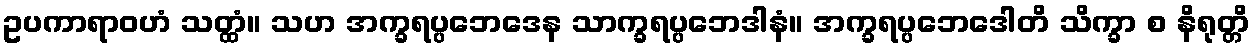
ဥပကာရာဝဟံ သတ္ထံ။ သဟ အက္ခရပ္ပဘေဒေန သာက္ခရပ္ပဘေဒါနံ။ အက္ခရပ္ပဘေဒေါတိ သိက္ခာ စ နိရုတ္တိ